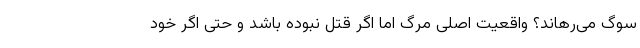
سوگ می‌رهاند؟ واقعیت اصلی مرگ اما اگر قتل نبوده باشد و حتی اگر خود